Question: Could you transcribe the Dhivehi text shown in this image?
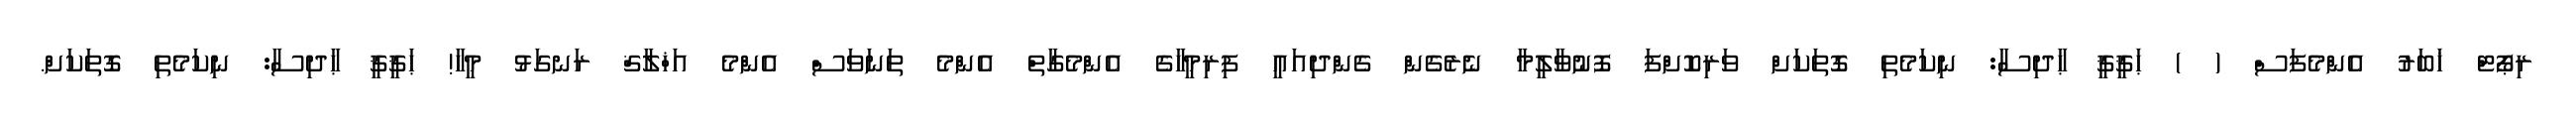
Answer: ރިޕޯޓް ޚަބަރު އެންމެފަސް ( ) ޙަޤީޤީ ޙާދިސާ: ނިކަމެތި ގޮތަކަށް ވަރިކޮށްފަ ފޮނުވާލީމާ ނެރެގެން ގެންދިއައީ ފިރިމީހާގެ އެންމެގާތް އެންމެ ތަނަވަސް އެންމެ އަޚްލާޤް ރަނގަޅު މީހާ! ޙަޤީޤީ ޙާދިސާ: ނިކަމެތި ގޮތަކަށް.